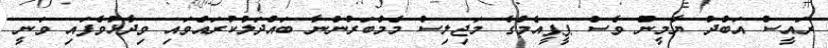
ރައީސް އަބްދު ޔާމީން ވެސް ޕީޕީއެމްގެ މަޖިލިސް މެމްބަރުންނާ ބައްދަލުކުރައްވައި ވިދާޅުވެފައި ވަނީ